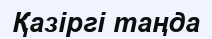
Қазіргі таңда